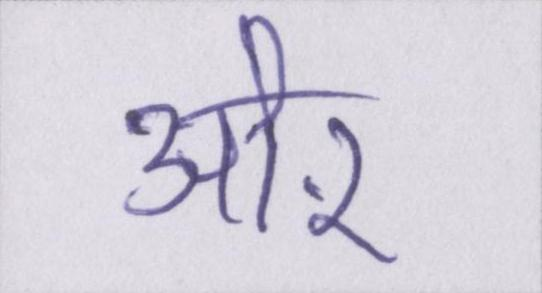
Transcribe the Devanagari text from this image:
औऱ